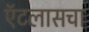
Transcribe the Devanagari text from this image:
ऍटलासचा